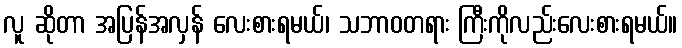
လူ ဆိုတာ အပြန်အလှန် လေးစားရမယ်၊ သဘာဝတရား ကြီးကိုလည်းလေးစားရမယ်။